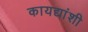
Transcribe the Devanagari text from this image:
कायद्यांशी